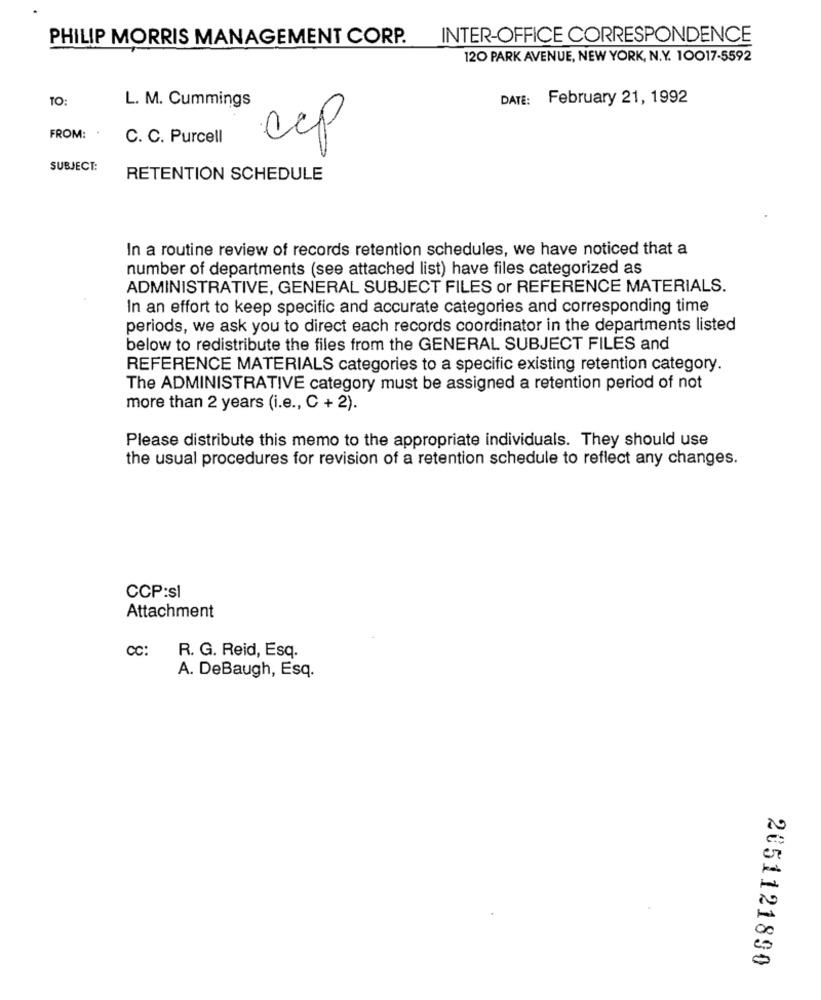
PHILIP MORRIS MANAGEMENT CORP.
INTER-OFFICE CORRESPONDENCE
120 PARK AVENUE, NEW YORK, N.Y. 10017-5592
TO:
L. M. Cummings
DATE: February 21, 1992
FROM:
C. C. Purcell
cep
SUBJECT:
RETENTION SCHEDULE
In a routine review of records retention schedules, we have noticed that a
number of departments (see attached list) have files categorized as
ADMINISTRATIVE, GENERAL SUBJECT FILES or REFERENCE MATERIALS.
In an effort to keep specific and accurate categories and corresponding time
periods, we ask you to direct each records coordinator in the departments listed
below to redistribute the files from the GENERAL SUBJECT FILES and
REFERENCE MATERIALS categories to a specific existing retention category.
The ADMINISTRATIVE category must be assigned a retention period of not
more than 2 years (i.e ., C + 2).
Please distribute this memo to the appropriate individuals. They should use
the usual procedures for revision of a retention schedule to reflect any changes.
CCP:sl
Attachment
CC:
R. G. Reid, Esq.
A. DeBaugh, Esq.
2051121890